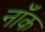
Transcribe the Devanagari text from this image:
नाँक